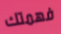
فهمتك